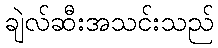
ချဲလ်ဆီးအသင်းသည်